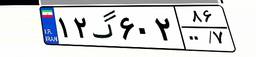
۶۷گ۷۷۰۲۹